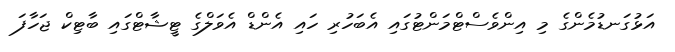
އަޅުގަނޑުމެންގެ މި އިންވެސްޓްމަންޓުގައި އެބަހުރި ހައި އެންޑް އެވަލްގެ ޓީޝާޓްގައި ބާޓިކް ޖަހާފަ